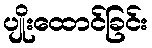
ပျိုးထောင်ခြင်း